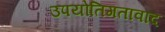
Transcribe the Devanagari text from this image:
उपयोतिगतावाद